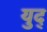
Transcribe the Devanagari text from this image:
युद्